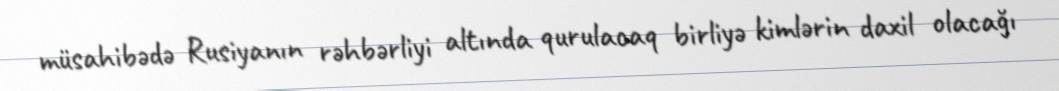
müsahibədə Rusiyanın rəhbərliyi altında qurulacaq birliyə kimlərin daxil olacağı